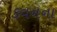
કવનના